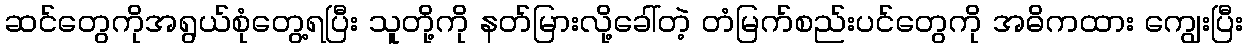
ဆင်တွေကိုအရွယ်စုံတွေ့ရပြီး သူတို့ကို နတ်မြားလို့ခေါ်တဲ့ တံမြက်စည်းပင်တွေကို အဓိကထား ကျွေးပြီး